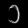
Digit: ၁